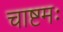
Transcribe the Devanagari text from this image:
चाष्टमः